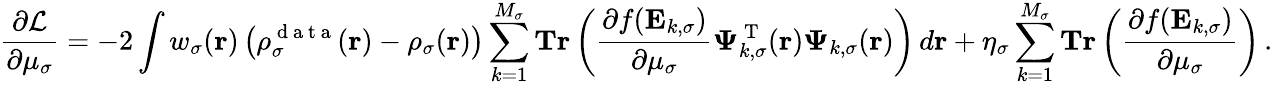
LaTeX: \frac{\partial\mathcal{L}}{\partial\mu_{\sigma}}=-2\int w_{\sigma}(\boldsymbol{\textbf{r}})\left(\rho_{\sigma}^{\mathrm{~d~a~t~a~}}(\boldsymbol{\textbf{r}})-\rho_{\sigma}(\boldsymbol{\textbf{r}})\right)\sum_{k=1}^{M_{\sigma}}\textbf{Tr}\left(\frac{\partial f(\mathbf{E}_{k,\sigma})}{\partial\mu_{\sigma}}\boldsymbol{\Psi}_{k,\sigma}^{\mathrm{~T~}}(\boldsymbol{\textbf{r}})\boldsymbol{\Psi}_{k,\sigma}(\boldsymbol{\textbf{r}})\right)\, d\boldsymbol{\textbf{r}}+\eta_{\sigma}\sum_{k=1}^{M_{\sigma}}\textbf{Tr}\left(\frac{\partial f(\mathbf{E}_{k,\sigma})}{\partial\mu_{\sigma}}\right)\, .